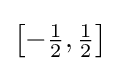
{\textstyle \left[-{\frac {1}{2}},{\frac {1}{2}}\right]}